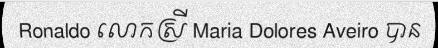
Ronaldo លោកស្រី Maria Dolores Aveiro បាន